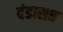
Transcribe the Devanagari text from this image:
दंडासप्त